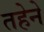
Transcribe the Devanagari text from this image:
तहेने